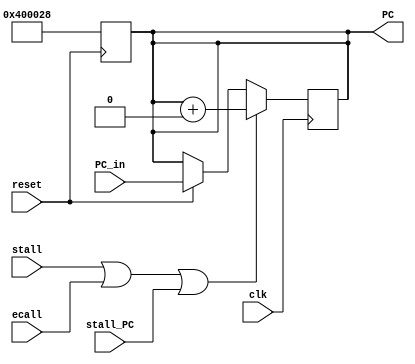
`timescale 1ns / 1ps
//////////////////////////////////////////////////////////////////////////////////
// Company: 
// Engineer: 
// 
// Design Name: 
// Module Name:    PC_set 
// Project Name: 
// Target Devices: 
// Tool versions: 
// Description: 
//
// Dependencies: 
//
// Revision: 
// Revision 0.01 - File Created
// Additional Comments: 
//
//////////////////////////////////////////////////////////////////////////////////

module PC(clk,reset,PC,PC_in,stall,ecall,stall_PC);
output reg [31:0] PC;
input clk,reset,stall,ecall,stall_PC;
input [31:0] PC_in;
always @(negedge reset)
begin
if(reset==0)
PC=4194344;
end
always@(posedge clk)
begin
if(stall==1 || ecall==1 || stall_PC==1) PC = PC + 0;
else if(reset==1)
PC=PC_in;
end
endmodule